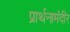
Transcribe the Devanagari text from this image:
प्रार्थनामंदीर